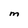
Character: m